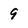
Character: 9